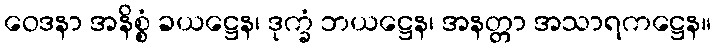
ဝေဒနာ အနိစ္စံ ခယဋ္ဌေန၊ ဒုက္ခံ ဘယဋ္ဌေန၊ အနတ္တာ အသာရကဋ္ဌေန။